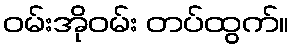
ဝမ်းအိုဝမ်း တပ်ထွက်။